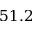
5 1 . 2